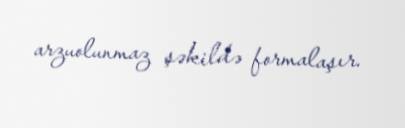
arzuolunmaz şəkildə formalaşır.